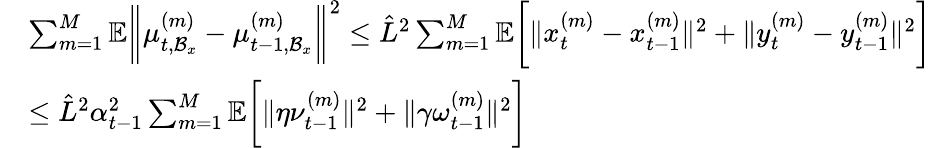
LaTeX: \begin{array}{rl}&{\sum_{m=1}^{M}\mathbb{E}\bigg\| \mu_{t,\mathcal{B}_{x}}^{(m)}-\mu_{t-1,\mathcal{B}_{x}}^{(m)}\bigg\| ^{2}\leq\hat{L}^{2}\sum_{m=1}^{M}\mathbb{E}\bigg[\| x_{t}^{(m)}-x_{t-1}^{(m)}\| ^{2}+\| y_{t}^{(m)}-y_{t-1}^{(m)}\| ^{2}\bigg]}\\ &{\leq\hat{L}^{2}\alpha_{t-1}^{2}\sum_{m=1}^{M}\mathbb{E}\bigg[\| \eta\nu_{t-1}^{(m)}\| ^{2}+\| \gamma\omega_{t-1}^{(m)}\| ^{2}\bigg]}\end{array}